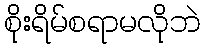
စိုးရိမ်စရာမလိုဘဲ